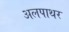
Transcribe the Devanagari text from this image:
अलपाथर